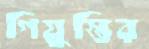
গিয়ুস্তির